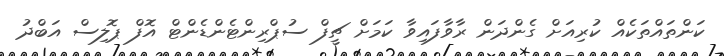
ކަންތައްތަކެއް ކުރިއަށް ގެންދަން ރާވާފައިވާ ކަމަށް ޗީފް ސުޕްރިންޓެންޑެންޓް އޮފް ޕޮލިސް އަބްދު